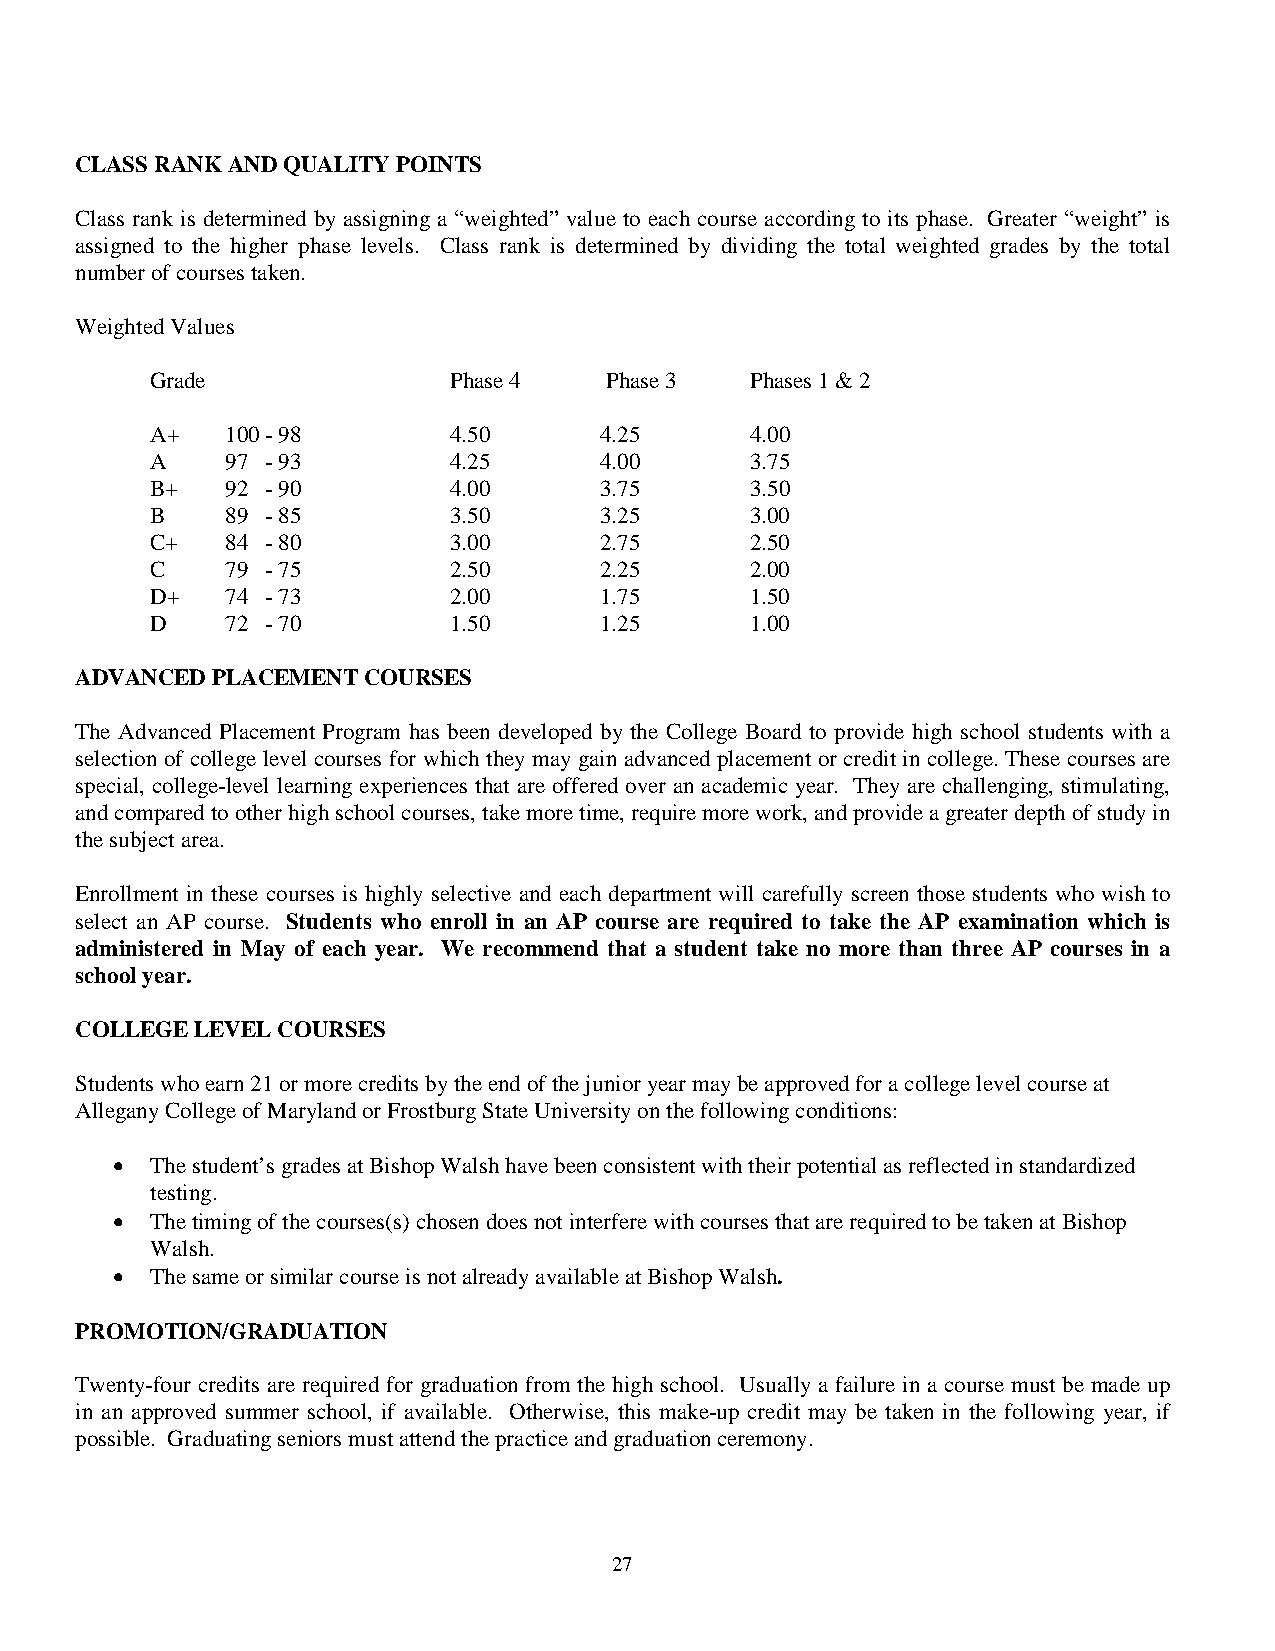
CLASS RANK AND QUALITY POINTS
 Class rank is determined by assigning a “weighted” value to each course according to its phase. Greater “weight” is
 assigned to the higher phase levels. Class rank is determined by dividing the total weighted grades by the total
 number of courses taken.
 Weighted Values
 Grade               Phase 4   Phase 3   Phases 1 & 2
 A+   100 - 98       4.50      4.25      4.00
 A    97 - 93        4.25      4.00      3.75
 B+   92 - 90        4.00      3.75      3.50
 B    89 - 85        3.50      3.25      3.00
 C+   84 - 80        3.00      2.75      2.50
 C    79 - 75        2.50      2.25      2.00
 D+   74 - 73        2.00      1.75      1.50
 D    72 - 70        1.50      1.25      1.00
 ADVANCED PLACEMENT COURSES
 The Advanced Placement Program has been developed by the College Board to provide high school students with a
 selection of college level courses for which they may gain advanced placement or credit in college. These courses are
 special, college-level learning experiences that are offered over an academic year. They are challenging, stimulating,
 and compared to other high school courses, take more time, require more work, and provide a greater depth of study in
 the subject area.
 Enrollment in these courses is highly selective and each department will carefully screen those students who wish to
 select an AP course. Students who enroll in an AP course are required to take the AP examination which is
 administered in May of each year. We recommend that a student take no more than three AP courses in a
 school year.
 COLLEGE LEVEL COURSES
 Students who earn 21 or more credits by the end of the junior year may be approved for a college level course at
 Allegany College of Maryland or Frostburg State University on the following conditions:
 •  The student’s grades at Bishop Walsh have been consistent with their potential as reflected in standardized
 testing.
 •  The timing of the courses(s) chosen does not interfere with courses that are required to be taken at Bishop
 Walsh.
 •  The same or similar course is not already available at Bishop Walsh.
 PROMOTION/GRADUATION
 Twenty-four credits are required for graduation from the high school. Usually a failure in a course must be made up
 in an approved summer school, if available. Otherwise, this make-up credit may be taken in the following year, if
 possible. Graduating seniors must attend the practice and graduation ceremony.
 27